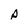
Character: p